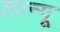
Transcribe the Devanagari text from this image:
लान्गू